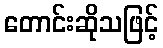
တောင်းဆိုသဖြင့်